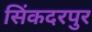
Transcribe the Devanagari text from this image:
सिंकदरपुर